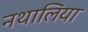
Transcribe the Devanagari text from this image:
नथालिया